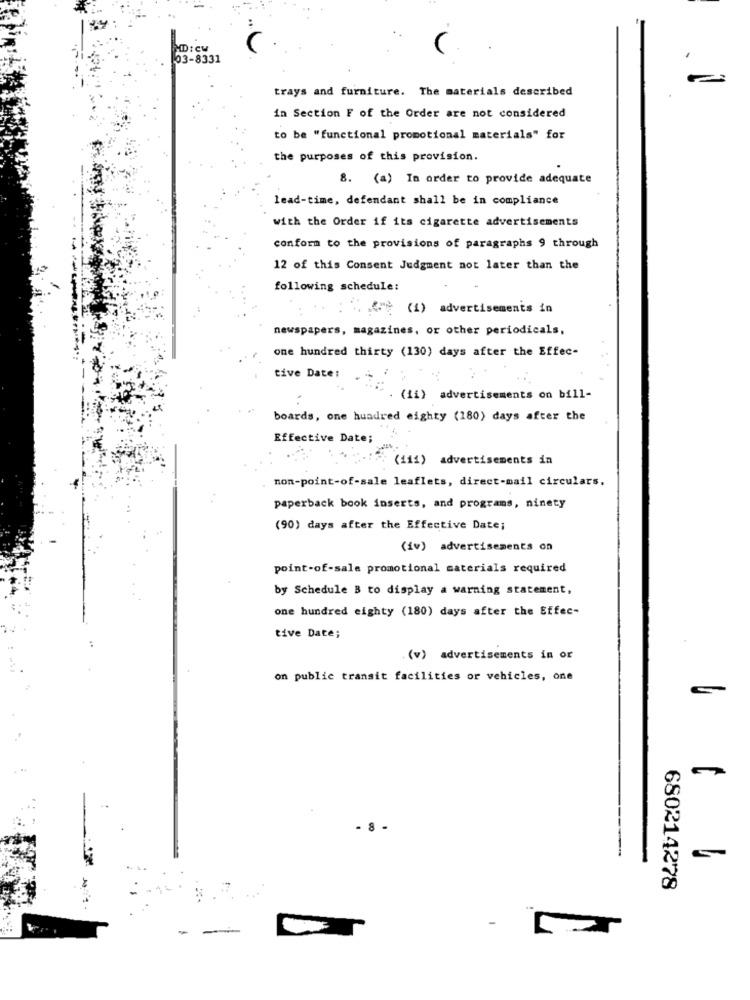
HD:cu
03-8331
trays and furniture. The materials described
in Section F of the Order are not considered
to be "functional promotional materials" for
the purposes of this provision.
8. (a) In order to provide adequate
lead-time, defendant shall be in compliance
with the Order if its cigarette advertisements
conform to the provisions of paragraphs 9 through
12 of this Consent Judgment not later than the
following schedule:
(1) advertisements in
newspapers, magazines, or other periodicals,
one hundred thirty (130) days after the Effec-
tive Date:
". (ii) advertisements on bill-
boards, one hundred eighty (180) days after the
Effective Date;
(iii) advertisements in
non-point-of-sale leaflets, direct-mail circulars.
paperback book inserts, and programs, ninety
(90) days after the Effective Date;
(iv) advertisements on
point-of-sale promotional materials required
by Schedule B to display a warning statement,
one hundred eighty (180) days after the Effec-
tive Date;
(v) advertisements in or
on public transit facilities or vehicles, one
- 8 -
680214278
-
- [